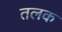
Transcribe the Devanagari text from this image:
तलक